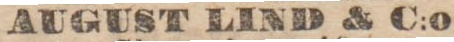
AUGUST LIND & C:o,